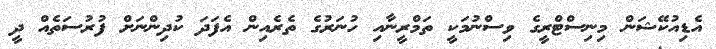
އެޑިއުކޭޝަން މިނިސްޓްރީގެ ވިސްނުމަކީ ތަމްރީނާއި ހުނަރުގެ ތެރެއިން އެފަދަ ކުދިންނަށް ފުރުސަތެއް ދީ